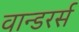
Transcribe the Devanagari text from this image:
वान्डरर्स